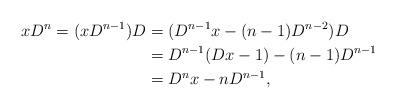
LaTeX: \begin{align*}xD^n = (xD^{n-1})D &= (D^{n-1}x-(n-1)D^{n-2})D \\ &= D^{n-1}(Dx-1)-(n-1) D^{n-1}\\ &= D^{n}x-nD^{n-1},\end{align*}